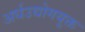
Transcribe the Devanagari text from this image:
अर्धउद्योगयुक्त